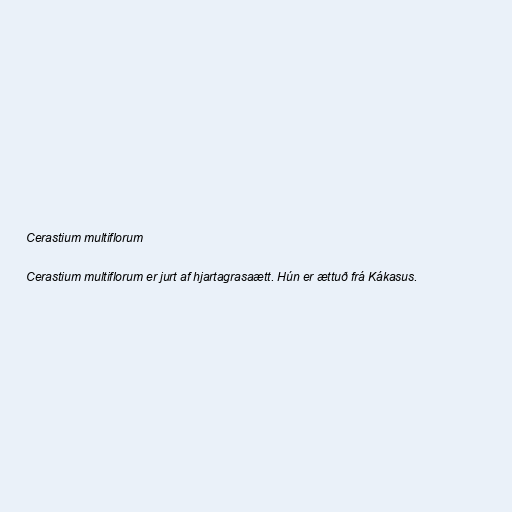
Cerastium multiflorum

Cerastium multiflorum er jurt af hjartagrasaætt. Hún er ættuð frá Kákasus.